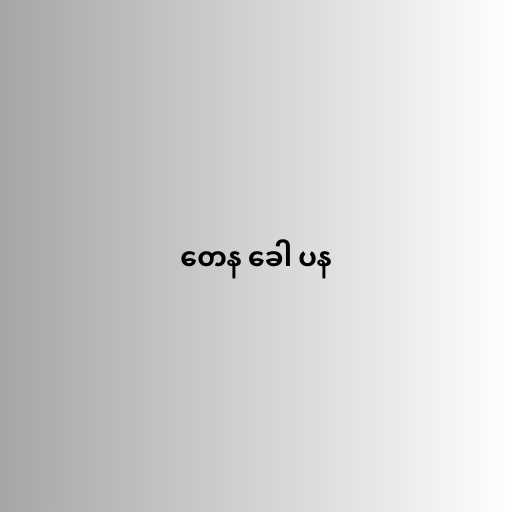
တေန ခေါ ပန